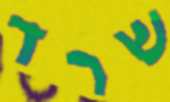
שרד